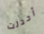
أحدثت